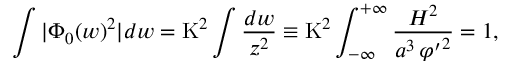
\int | \Phi _ { 0 } ( w ) ^ { 2 } | d w = \mathrm { K } ^ { 2 } \int \frac { d w } { z ^ { 2 } } \equiv \mathrm { K } ^ { 2 } \int _ { - \infty } ^ { + \infty } \frac { { \cal H } ^ { 2 } } { a ^ { 3 } \, { \varphi ^ { \prime } } ^ { 2 } } = 1 ,